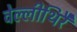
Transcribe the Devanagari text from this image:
वेल्लीथिरै